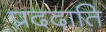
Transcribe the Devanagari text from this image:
प्रददाति